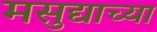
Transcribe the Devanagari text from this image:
मसुद्याच्या